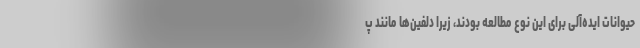
حیوانات ایده‌آلی برای این نوع مطالعه بودند، زیرا دلفین‌ها مانند پ